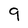
Character: 9